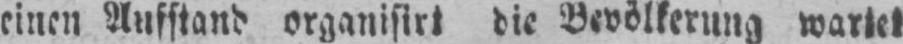
einen Aufstand organisirt die Bevölkerung wartet